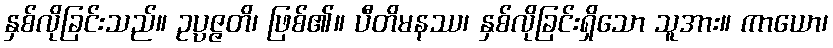
နှစ်လိုခြင်းသည်။ ဥပ္ပဇ္ဇတိ၊ ဖြစ်၏။ ပီတိမနဿ၊ နှစ်လိုခြင်းရှိသော သူအား။ ကာယော၊